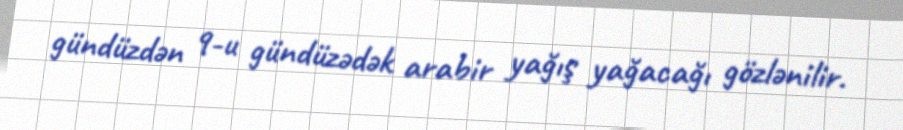
gündüzdən 9-u gündüzədək arabir yağış yağacağı gözlənilir.